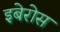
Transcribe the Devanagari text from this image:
इबेरोस